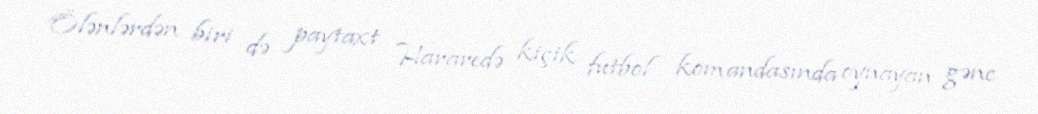
Ölənlərdən biri də paytaxt Hararedə kiçik futbol komandasında oynayan gənc